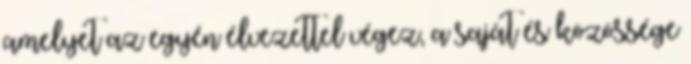
amelyet az egyén élvezettel végez, a saját és közössége